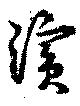
濱